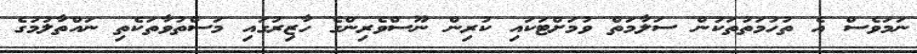
ނަމަވެސް އެ ތުހުމަތުތަކުން ސަލާމަތް ވުމަށްޓަކައި ކުރިން ނޫސްވެރިންގެ ހާޒިރުގައި މަސްތުވާތަކެތި ނައްތާލުމުގެ